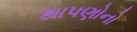
થાપણોનો